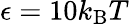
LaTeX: \epsilon=10k_{\mathrm{B}}T